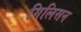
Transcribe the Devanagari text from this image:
गिलिसन